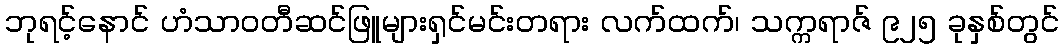
ဘုရင့်နောင် ဟံသာဝတီဆင်ဖြူများရှင်မင်းတရား လက်ထက်၊ သက္ကရာဇ် ၉၂၅ ခုနှစ်တွင်